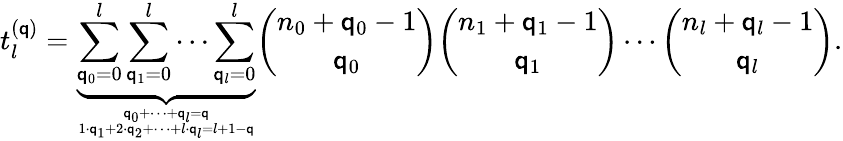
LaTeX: t_{l}^{(\mathsf{q})}=\underbrace{{\sum_{\mathsf{q}_{0}=0}^{l}\sum_{\mathsf{q}_{1}=0}^{l}\cdots\sum_{\mathsf{q}_{l}=0}^{l}}}_{\mathsf{q}_{0}+\dots+\mathsf{q}_{l}=\mathsf{q}\atop1\cdot\mathsf{q}_{1}+2\cdot\mathsf{q}_{2}+\dots+l\cdot\mathsf{q}_{l}=l+1-\mathsf{q}}{\binom{n_{0}+\mathsf{q}_{0}-1}{\mathsf{q}_{0}}}{\binom{n_{1}+\mathsf{q}_{1}-1}{\mathsf{q}_{1}}}\cdots{\binom{n_{l}+\mathsf{q}_{l}-1}{\mathsf{q}_{l}}}.